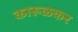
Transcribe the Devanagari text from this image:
कारूळकर